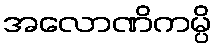
အလောဏိကမ္ပိ